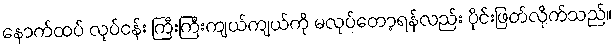
နောက်ထပ် လုပ်ငန်း ကြီးကြီးကျယ်ကျယ်ကို မလုပ်တော့ရန်လည်း ပိုင်းဖြတ်လိုက်သည်။